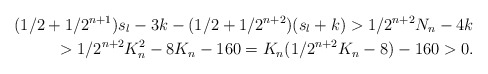
\begin{align*}(1/2 + 1/2^{n+1})s_l - 3k - (1/2 + 1/2^{n+2})(s_l + k) > 1/2^{n+2}N_n - 4k \\> 1/2^{n+2}K_n^2 - 8K_n - 160 = K_n(1/2^{n+2}K_n - 8) - 160 > 0.\end{align*}